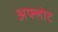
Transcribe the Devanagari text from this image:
अफ्लोट